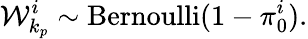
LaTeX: \mathcal{W}_{k_{p}}^{i}\sim\mathrm{Bernoulli}(1-\pi_{0}^{i}).